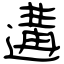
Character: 遘